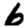
Digit: 6